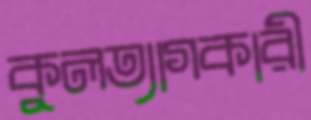
কুলত্যাগকারী